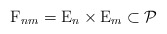
\begin{align*}{\rm F}_{nm}={\rm E}_{n}\times {\rm E}_{m}\subset \mathcal P\end{align*}